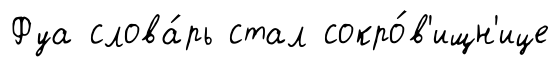
Фуа слова́рь стал сокро́в'ищн'ице